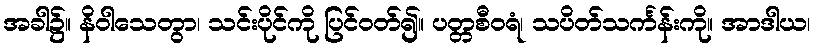
အခါ၌။ နိဝါသေတွာ၊ သင်းပိုင်ကို ပြင်ဝတ်၍။ ပတ္တစီဝရံ၊ သပိတ်သင်္ကန်းကို။ အာဒါယ၊